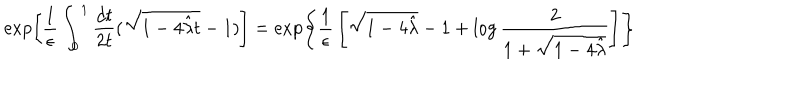
\exp \left[ { \frac { 1 } { \epsilon } } \int _ { 0 } ^ { 1 } { \frac { d t } { 2 t } } ( \sqrt { 1 - 4 { \hat { \lambda } } t } - 1 ) \right] = \exp \left\{ { \frac { 1 } { \epsilon } } \left[ \sqrt { 1 - 4 { \hat { \lambda } } } - 1 + \log { \frac { 2 } { 1 + \sqrt { 1 - 4 { \hat { \lambda } } } } } \right] \right\}